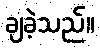
ချခဲ့သည်။